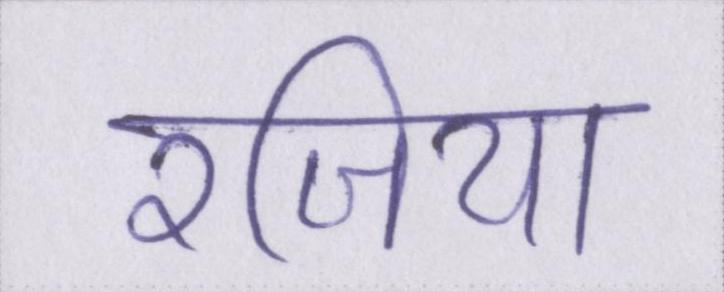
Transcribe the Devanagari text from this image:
रजिया